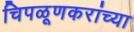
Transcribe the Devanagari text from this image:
चिपळूणकरांच्या